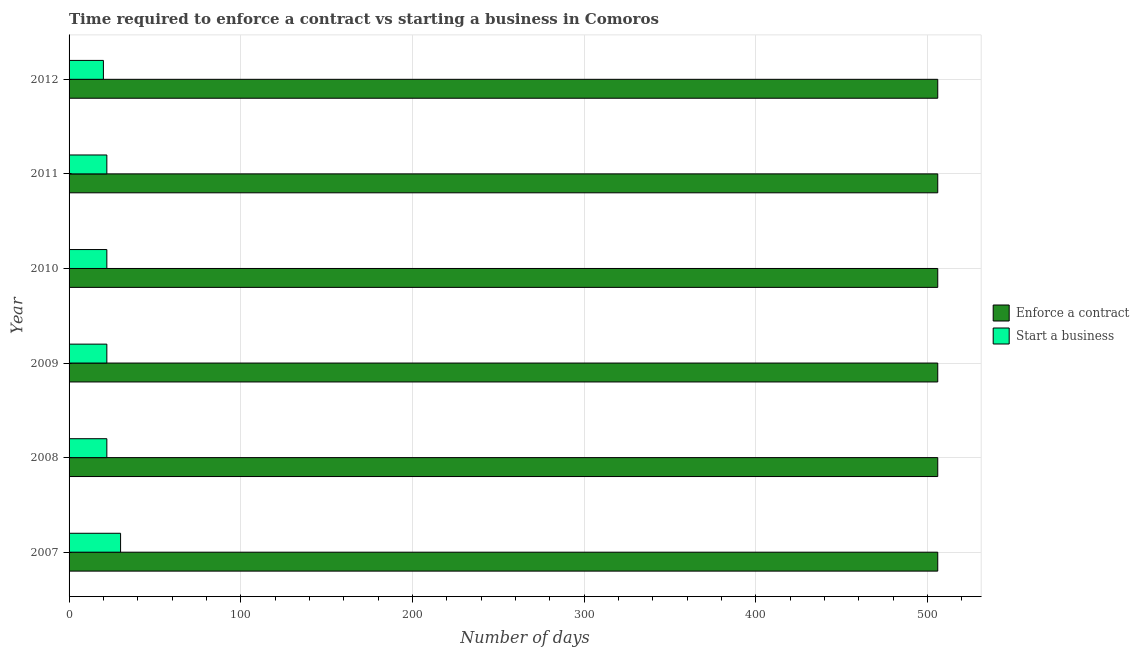
| Year | Enforce a contract | Start a business |
 | --- | --- | --- |
 | 2007 | 506 | 30 |
 | 2008 | 506 | 22 |
 | 2009 | 506 | 22 |
 | 2010 | 506 | 22 |
 | 2011 | 506 | 22 |
 | 2012 | 506 | 20 |